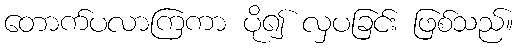
တောက်ပလာကြကာ ပို၍ လှပခြင်း ဖြစ်သည်။